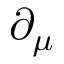
\partial _ { \mu }